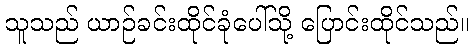
သူသည် ယာဉ်ခင်းထိုင်ခုံပေါ်သို့ ပြောင်းထိုင်သည်။